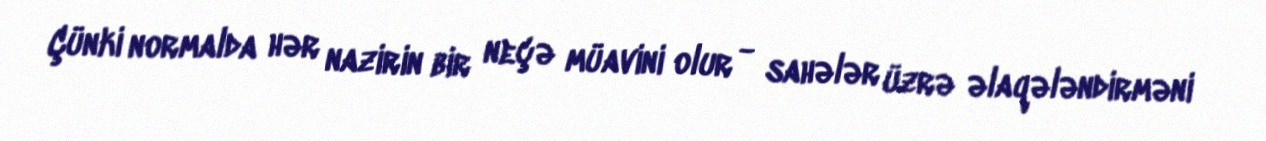
Çünki normalda hər nazirin bir neçə müavini olur - sahələr üzrə əlaqələndirməni